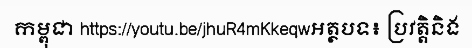
កម្ពុជា https://youtu.be/jhuR4mKkeqwអត្ថបទ៖ ប្រវត្តិនិង